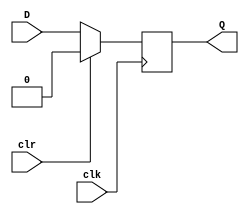
module DFF_SyncClear(output reg Q, input D, input clk, input clr);

    // DFF is positive edge-triggered
    always @ (posedge clk) begin
        // check if clr is 1, ONLY AT POSITIVE CLOCK EDGE, then clear o/p
        if(clr)
            Q = 1'b0;
        else
            Q = D;
    end
endmodule